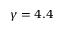
\gamma = 4 . 4